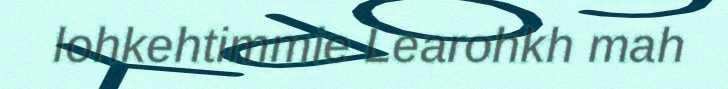
lohkehtimmie Learohkh mah